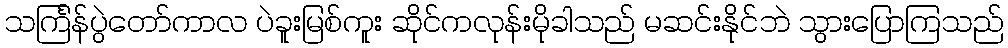
သင်္ကြန်ပွဲတော်ကာလ ပဲခူးမြစ်ကူး ဆိုင်ကလုန်းမိုခါသည် မဆင်းနိုင်ဘဲ သွားပြောကြသည်